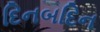
દિનબદિન